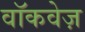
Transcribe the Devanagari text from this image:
वॉकवेज़